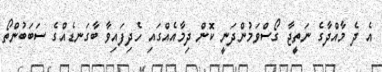
އެ ދެ މާއްދާގެ ނަތީޖާ ގޯސްވަމުންދަނީ ކޮން ދިމާއެއްގައި ހެދިފައިވާ ބާގަނޑެއްގެ ސަބަބުންތޯ